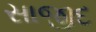
સાજીદ